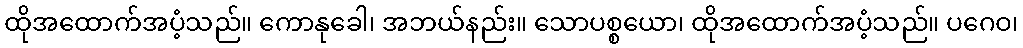
ထိုအထောက်အပံ့သည်။ ကောနုခေါ၊ အဘယ်နည်း။ သောပစ္စယော၊ ထိုအထောက်အပံ့သည်။ ပဂေဝ၊